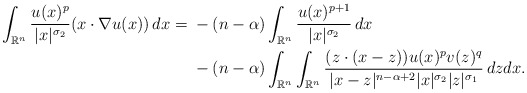
\begin{align*}\int_{\mathbb{R}^n} \frac{u(x)^{p}}{|x|^{\sigma_2}}(x\cdot \nabla u(x))\,dx= {} & -(n-\alpha)\int_{\mathbb{R}^n} \frac{u(x)^{p+1}}{|x|^{\sigma_2}}\,dx \\{} & - (n-\alpha)\int_{\mathbb{R}^n}\int_{\mathbb{R}^n} \frac{(z\cdot (x-z))u(x)^{p}v(z)^{q}}{|x-z|^{n-\alpha + 2}|x|^{\sigma_2}|z|^{\sigma_1}}\,dz dx.\end{align*}